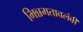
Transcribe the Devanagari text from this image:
भिन्नमतावलंबी